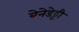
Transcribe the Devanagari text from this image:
बेनेडेट्टी